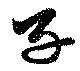
子